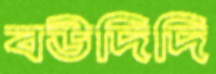
বউদিদি